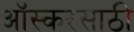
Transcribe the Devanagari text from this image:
ऑस्करसाठी